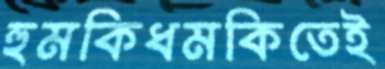
হুমকিধমকিতেই